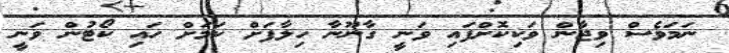
ނަމަވެސް ވިޖާން ވަކިކޮށްފައި ވަނީ ގާނޫނާ ހިލާފަށް ކަމަށް ހައި ކޯޓުން ވަނީ